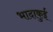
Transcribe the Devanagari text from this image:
भादाकुई